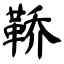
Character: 鞒